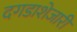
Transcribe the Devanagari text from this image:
दगडाशेजारी